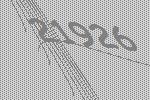
21926